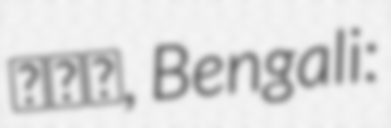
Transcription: شاه, Bengali: